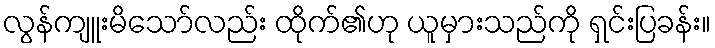
လွန်ကျူးမိသော်လည်း ထိုက်၏ဟု ယူမှားသည်ကို ရှင်းပြခန်း။